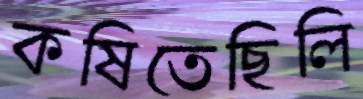
কষিতেছিলি